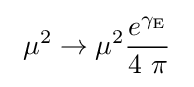
\ \mu ^{2}\to \mu ^{2}{\frac {e^{\gamma _{\mathrm {E} }}}{4\ \pi }}\